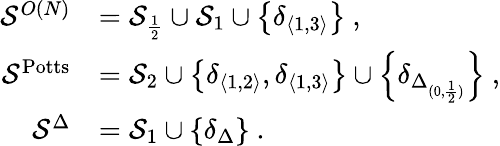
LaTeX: \begin{array}{rl}{\mathcal{S}^{O(N)}}&{=\mathcal{S}_{\frac 12}\cup\mathcal{S}_{1}\cup\left\{ \delta_{\langle 1,3\rangle}\right\} \ ,}\\ {\mathcal{S}^{\mathrm{Potts}}}&{=\mathcal{S}_{2}\cup\left\{ \delta_{\langle 1,2\rangle},\delta_{\langle 1,3\rangle}\right\} \cup\left\{ \delta_{\Delta_{(0,\frac 12)}}\right\} \ ,}\\ {\mathcal{S}^{\Delta}}&{=\mathcal{S}_{1}\cup\left\{ \delta_{\Delta}\right\} \ .}\end{array}